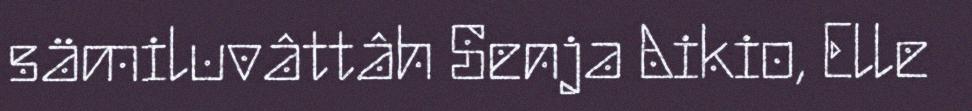
sämiluvâttâh Senja Aikio, Elle